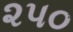
૨પ૦